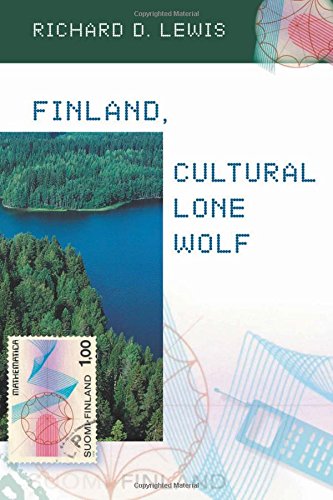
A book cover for Finland, Cultural Lone Wolf; Richard  D. Lewis; History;